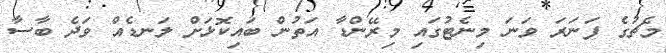
މެޗުގެ ފަނަރަ ވަނަ މިނެޓުގައި މިރޭންޑާ އަތުން ބައިކޮޅަށް ލަނޑެއް ވަދެ ބާސާ